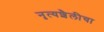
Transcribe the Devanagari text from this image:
नृत्यशैलीचा